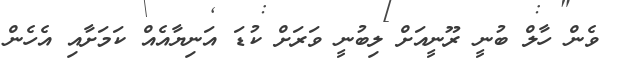
ވެން ހާލް ބުނީ ރޫނީއަށް ލިބުނީ ވަރަށް ކުޑަ އަނިޔާއެއް ކަމަށާއި އެހެން